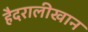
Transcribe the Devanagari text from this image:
हैदरालीखान